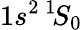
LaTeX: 1s^{2}\, ^{1\! }S_{0}